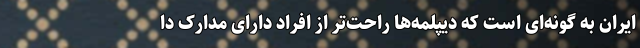
ایران به گونه‌ای است که دیپلمه‌ها راحت‌تر از افراد دارای مدارک دا